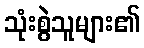
သုံးစွဲသူများ၏